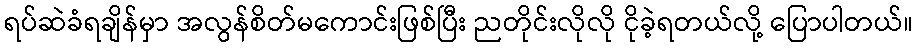
ရပ်ဆဲခံရချိန်မှာ အလွန်စိတ်မကောင်းဖြစ်ပြီး ညတိုင်းလိုလို ငိုခဲ့ရတယ်လို့ ပြောပါတယ်။